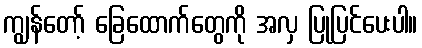
ကျွန်တော့် ခြေထောက်တွေကို အလှ ပြုပြင်ပေးပါ။